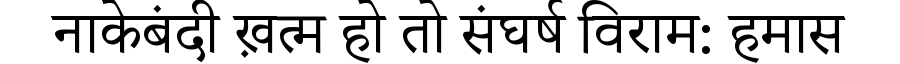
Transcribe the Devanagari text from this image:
नाकेबंदी ख़त्म हो तो संघर्ष विराम: हमास